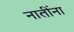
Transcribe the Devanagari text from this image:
नातींना